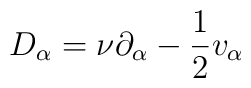
D_{\alpha} = \nu \partial_{\alpha} - \frac{1}{2}v_{\alpha}